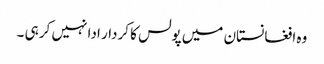
وہ افغانستان میں پولس کا کردار ادا نہیں کر ہی ۔